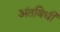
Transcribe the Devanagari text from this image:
अंतविधी